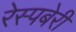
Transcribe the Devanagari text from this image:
रेस्पबेरी